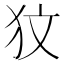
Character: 𤝋